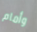
وأمام